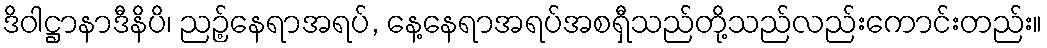
ဒိဝါဋ္ဌာနာဒီနိပိ၊ ညဉ့်နေရာအရပ်, နေ့နေရာအရပ်အစရှီသည်တို့သည်လည်းကောင်းတည်း။